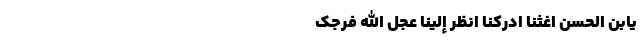
یَابنَ الحَسَن اَغِثنا اَدرِکنا اُنظُر إِلَینَا عَجَّلَ اللهُ فَرَجَک